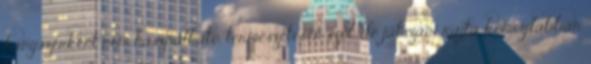
hangszerként nem használható, természetesen szól, de játszani rajta komoylabban